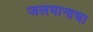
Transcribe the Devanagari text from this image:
जलयानाचा